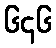
၆၄၆